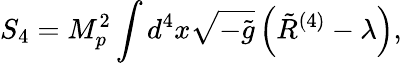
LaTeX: S_{4}=M_{p}^{2}\int d^{4}x\sqrt{-\tilde{g}}\left(\tilde{R}^{(4)}-\lambda\right),